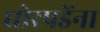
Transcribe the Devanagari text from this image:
घोरपडेंना